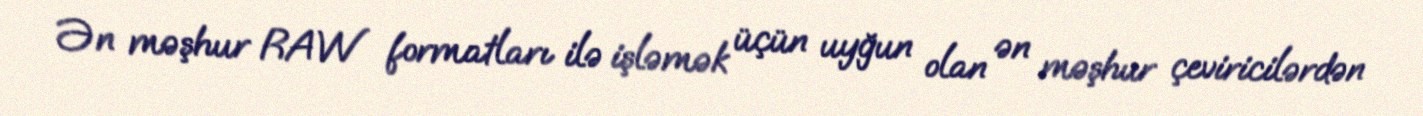
Ən məşhur RAW formatları ilə işləmək üçün uyğun olan ən məşhur çeviricilərdən